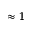
\approx 1